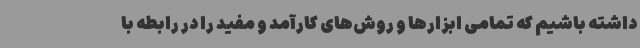
داشته باشیم که تمامی ابزارها و روش‌های کارآمد و مفید را در رابطه با